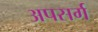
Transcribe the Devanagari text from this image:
अपसर्ग